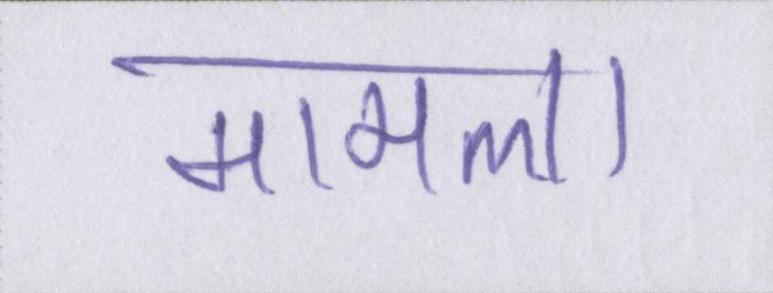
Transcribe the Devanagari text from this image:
मामला